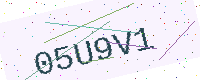
Text: 05U9V1